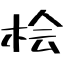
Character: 桧